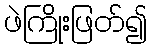
ဖဲကြိုးဖြတ်၍